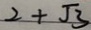
2 + \sqrt { 3 }